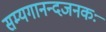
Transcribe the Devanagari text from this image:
सम्यगानन्दजनकः